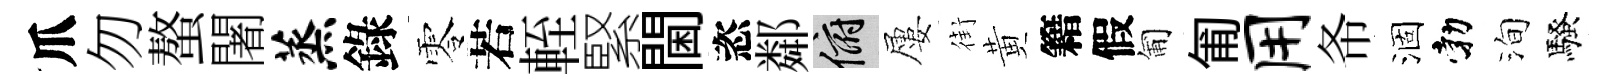
爪勿螯闍蒸錄零若輊緊閫恣鄰俯屢街黄籍假匍匍用𢁙涸勃洵騷